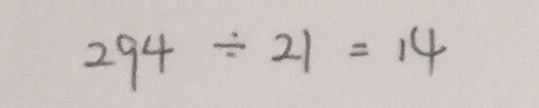
2 9 4 \div 2 1 = 1 4